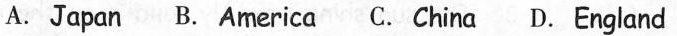
A.Japan B. America C.China D.England